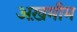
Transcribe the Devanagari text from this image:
अख़मीम